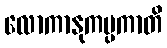
လောကာနုကမ္ပကာတိ